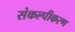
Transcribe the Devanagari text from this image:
संकल्पीकरण